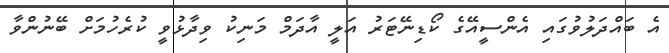
އެ ބައްދަލުވުގައި އެންސީއޭގެ ކޯޑިނޭޓަރު އަލީ އާދަމް މަނިކު ވިދާޅުވީ ކުރެހުމަށް ބޭނުންވާ